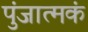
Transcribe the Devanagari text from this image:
पुंजात्मकं